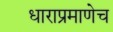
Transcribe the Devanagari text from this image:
धाराप्रमाणेच